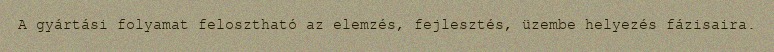
A gyártási folyamat felosztható az elemzés, fejlesztés, üzembe helyezés fázisaira.